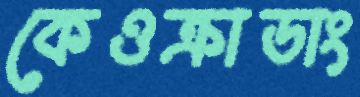
কেওক্রাডাং